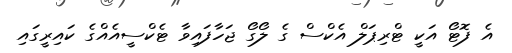
އެ ފޮޓޯ އަކީ ޓްރިޕަލް އެކްސް ގެ ލޯގޯ ޖަހާފައިވާ ޓެކްސީއެއްގެ ކައިރީގައި